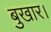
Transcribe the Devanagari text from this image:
बुखार।